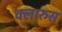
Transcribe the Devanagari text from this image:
क्लारुस